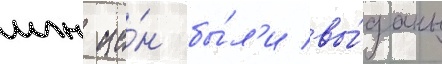
млн ие́н бы́л'и вы́даны